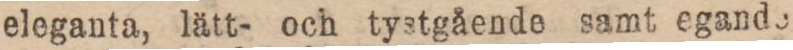
eleganta, lätt- och tystgående samt egande